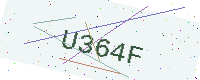
Text: U364F